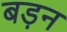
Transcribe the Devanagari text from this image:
बड़न